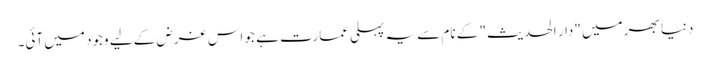
دنیا بھر میں "دار الحدیث" کے نام سے یہ پہلی عمارت ہے جو اس غرض کے لیے وجود میں آئی۔